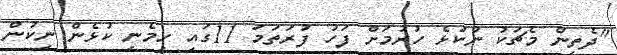
"ދެތިން މެޗަކު ނުކުޅެ ހުރުމަށް ފަހު ފުރަތަމަ 11ގައި ހިމެނި ކުޅެން ނިކުން